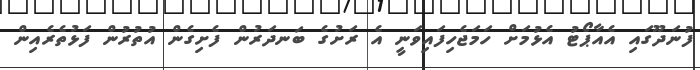
ފުނަދޫގައި އެއާޕޯޓު އެޅުމަށް ހަމަޖެހިފައިވަނީ އެ ރަށުގެ ބަނދަރުން ފެށިގެން އުތުރުން ފަޅުތެރެއިން